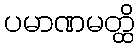
ပမာဏမတ္ထိ